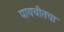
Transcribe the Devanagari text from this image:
पायचीतचा